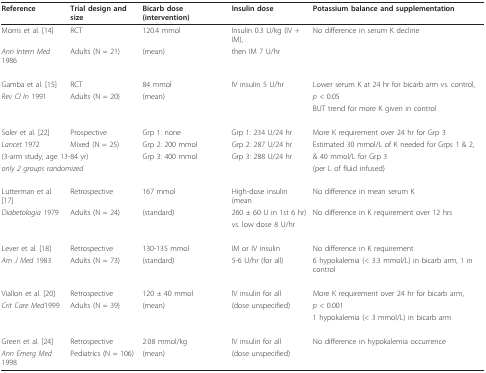
<table><thead><tr><td><b>Reference</b></td><td><b>Trial design and size</b></td><td><b>Bicarb dose (intervention)</b></td><td><b>Insulin dose</b></td><td><b>Potassium balance and supplementation</b></td></tr></thead><tbody><tr><td>Morris et al. [14]</td><td>RCT</td><td>120.4 mmol</td><td>Insulin 0.3 U/kg (IV + IM),</td><td>No difference in serum K decline</td></tr><tr><td><i>Ann Intern Med </i>1986</td><td>Adults (N = 21)</td><td>(mean)</td><td>then IM 7 U/hr</td><td></td></tr><tr><td>Gamba et al. [15]</td><td>RCT</td><td>84 mmol</td><td>IV insulin 5 U/hr</td><td>Lower serum K at 24 hr for bicarb arm vs. control,</td></tr><tr><td><i>Rev Cl In </i>1991</td><td>Adults (N = 20)</td><td>(mean)</td><td></td><td><i>p </i>&lt; 0.05</td></tr><tr><td></td><td></td><td></td><td></td><td>BUT trend for more K given in control</td></tr><tr><td>Soler et al. [22]</td><td>Prospective</td><td>Grp 1: none</td><td>Grp 1: 234 U/24 hr</td><td>More K requirement over 24 hr for Grp 3</td></tr><tr><td><i>Lancet </i>1972</td><td>Mixed (N = 25)</td><td>Grp 2: 200 mmol</td><td>Grp 2: 287 U/24 hr</td><td>Estimated 30 mmol/L of K needed for Grps 1 &amp; 2,</td></tr><tr><td colspan="2">(3-arm study; age 13-84 yr)</td><td>Grp 3: 400 mmol</td><td>Grp 3: 288 U/24 hr</td><td>&amp; 40 mmol/L for Grp 3</td></tr><tr><td colspan="2"><i>only 2 groups randomized</i></td><td></td><td></td><td>(per L of fluid infused)</td></tr><tr><td>Lutterman et al. [17]</td><td>Retrospective</td><td>167 mmol</td><td>High-dose insulin (mean</td><td>No difference in mean serum K</td></tr><tr><td><i>Diabetologia </i>1979</td><td>Adults (N = 24)</td><td>(standard)</td><td>260 ± 60 U in 1st 6 hr)</td><td>No difference in K requirement over 12 hrs</td></tr><tr><td></td><td></td><td></td><td>vs. low dose 8 U/hr</td><td></td></tr><tr><td>Lever et al. [18]</td><td>Retrospective</td><td>130-135 mmol</td><td>IM or IV insulin</td><td>No difference in K requirement</td></tr><tr><td><i>Am J Med </i>1983</td><td>Adults (N = 73)</td><td>(standard)</td><td>5-6 U/hr (for all)</td><td>6 hypokalemia (&lt; 3.3 mmol/L) in bicarb arm, 1 in control</td></tr><tr><td>Viallon et al. [20]</td><td>Retrospective</td><td>120 ± 40 mmol</td><td>IV insulin for all</td><td>More K requirement over 24 hr for bicarb arm,</td></tr><tr><td><i>Crit Care Med</i>1999</td><td>Adults (N = 39)</td><td>(mean)</td><td>(dose unspecified)</td><td><i>p </i>&lt; 0.001</td></tr><tr><td></td><td></td><td></td><td></td><td>1 hypokalemia (&lt; 3 mmol/L) in bicarb arm</td></tr><tr><td>Green et al. [24]</td><td>Retrospective</td><td>2.08 mmol/kg</td><td>IV insulin for all</td><td>No difference in hypokalemia occurrence</td></tr><tr><td><i>Ann Emerg Med </i>1998</td><td>Pediatrics (N = 106)</td><td>(mean)</td><td>(dose unspecified)</td><td></td></tr></tbody></table>